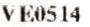
VE0514